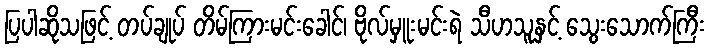
ပြပါဆိုသဖြင့် တပ်ချုပ် တိမ်ကြားမင်းခေါင်၊ ဗိုလ်မှူးမင်းရဲ သီဟသူနှင့် သွေးသောက်ကြီး